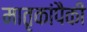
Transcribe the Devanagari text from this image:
मातृकांपैकी